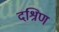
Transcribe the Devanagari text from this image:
दश्रिण